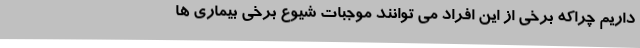
داریم چراکه برخی از این افراد می توانند موجبات شیوع برخی بیماری ها